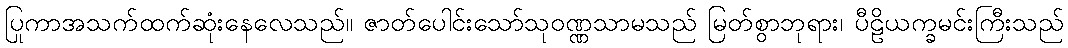
ပြုကာအသက်ထက်ဆုံးနေလေသည်။ ဇာတ်ပေါင်းသော်သုဝဏ္ဏသာမသည် မြတ်စွာဘုရား၊ ပီဠိယက္ခမင်းကြီးသည်